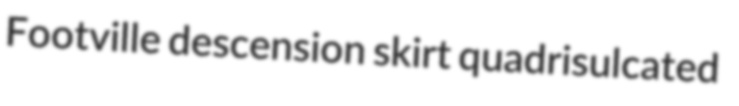
Footville descension skirt quadrisulcated